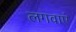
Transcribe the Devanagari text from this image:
लगवाएं